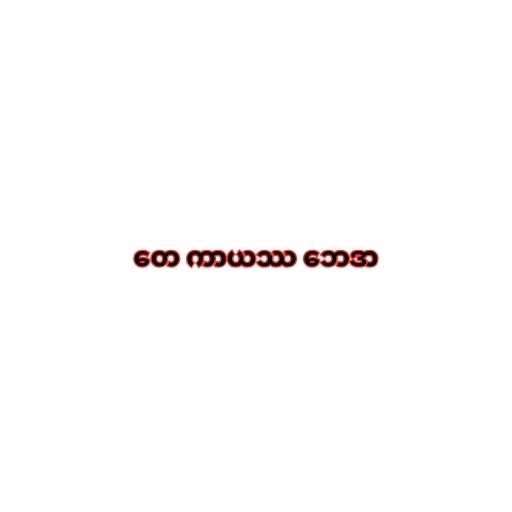
တေ ကာယဿ ဘေဒာ